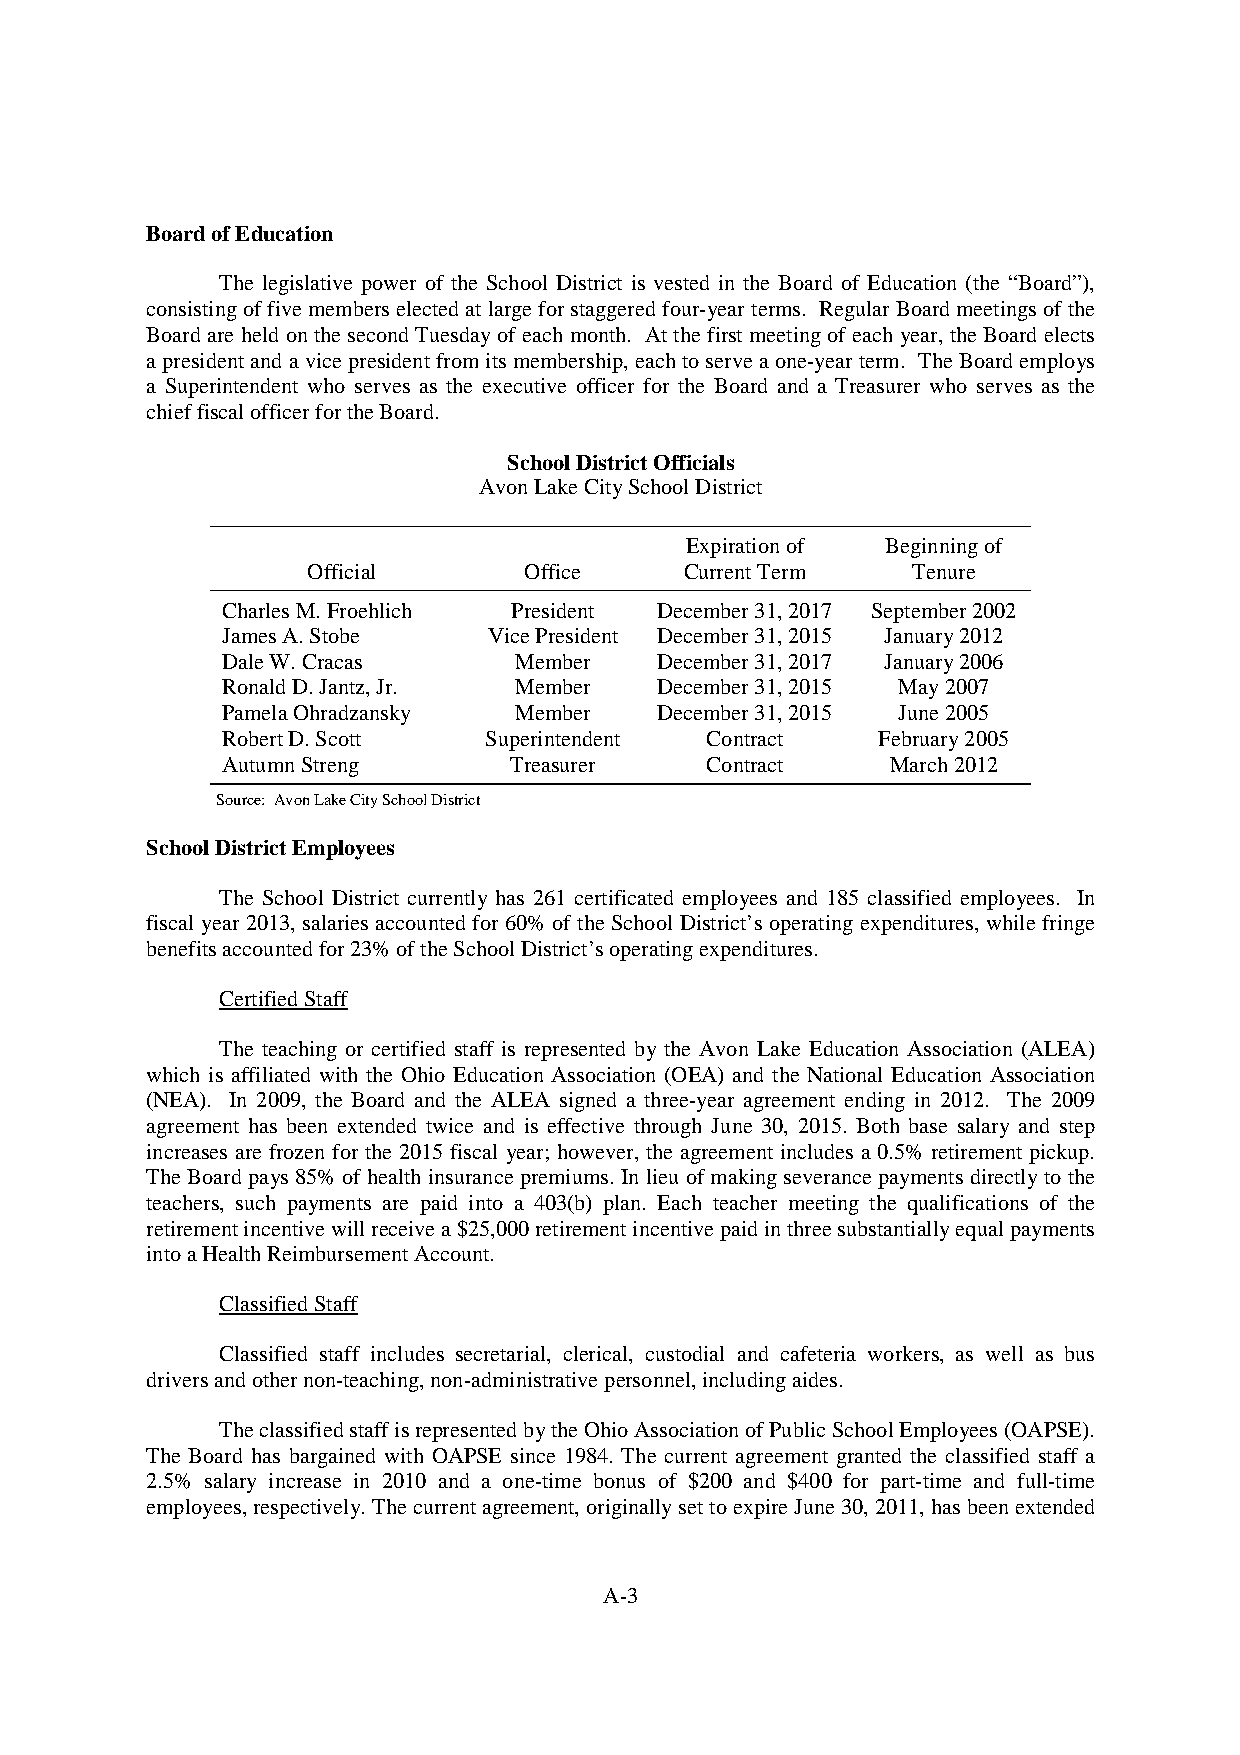
BoardofEducation
 The legislative power of the School District is vested in the Board of Education (the “Board”),
 consistingoffivemembers electedat largeforstaggeredfour-year terms. Regular Boardmeetings ofthe
 Board are held on the second Tuesdayof each month. Atthe first meetingof each year, theBoard elects
 apresident anda vicepresidentfromits membership,eachtoserveaone-year term. TheBoardemploys
 a Superintendent who serves as the executive officer for the Board and a Treasurer who serves as the
 chieffiscalofficerfortheBoard.
 SchoolDistrictOfficials
 AvonLakeCitySchoolDistrict
 Expirationof  Beginningof
 Official       Office    CurrentTerm    Tenure
 CharlesM.Froehlich President December31,2017 September2002
 JamesA.Stobe     VicePresident December31,2015 January2012
 DaleW.Cracas       Member   December31,2017 January2006
 RonaldD.Jantz,Jr.  Member   December31,2015 May2007
 PamelaOhradzansky  Member   December31,2015 June2005
 RobertD.Scott    Superintendent Contract   February2005
 AutumnStreng       Treasurer    Contract    March2012
 Source: AvonLakeCitySchoolDistrict
 SchoolDistrictEmployees
 The School District currently has 261 certificated employees and 185 classified employees. In
 fiscal year 2013, salaries accounted for 60% of the School District’s operating expenditures, while fringe
 benefitsaccountedfor23%oftheSchoolDistrict’soperatingexpenditures.
 CertifiedStaff
 The teaching or certified staff is represented by the Avon Lake Education Association (ALEA)
 which is affiliated with the Ohio Education Association (OEA) and the National Education Association
 (NEA). In 2009, the Board and the ALEA signed a three-year agreement ending in 2012. The 2009
 agreement has been extended twice and is effective through June 30, 2015. Both base salary and step
 increases are frozen for the 2015 fiscal year; however, the agreement includes a 0.5% retirement pickup.
 The Boardpays 85% of health insurancepremiums. In lieu ofmakingseverancepayments directlyto the
 teachers, such payments are paid into a 403(b) plan. Each teacher meeting the qualifications of the
 retirementincentivewillreceivea$25,000retirementincentivepaidinthreesubstantiallyequalpayments
 intoaHealthReimbursementAccount.
 ClassifiedStaff
 Classified staff includes secretarial, clerical, custodial and cafeteria workers, as well as bus
 driversandothernon-teaching,non-administrativepersonnel,includingaides.
 TheclassifiedstaffisrepresentedbytheOhioAssociationofPublicSchoolEmployees(OAPSE).
 The Board has bargained with OAPSE since 1984. The current agreement granted the classified staff a
 2.5% salary increase in 2010 and a one-time bonus of $200 and $400 for part-time and full-time
 employees,respectively.Thecurrentagreement,originallysettoexpireJune30,2011,hasbeenextended
 A-3